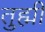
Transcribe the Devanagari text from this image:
तुह्मीं